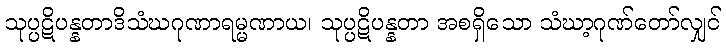
သုပ္ပဋိပန္နတာဒိသံဃဂုဏာရမ္မဏာယ၊ သုပ္ပဋိပန္နတာ အစရှိသော သံဃာ့ဂုဏ်တော်လျှင်